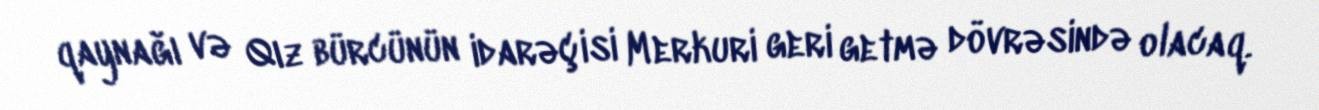
qaynağı və Qız bürcünün idarəçisi Merkuri geri getmə dövrəsində olacaq.